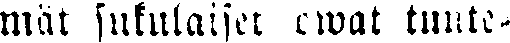
mät sukulaiset owat tunte-